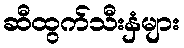
ဆီထွက်သီးနှံများ